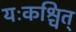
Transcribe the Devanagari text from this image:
यःकश्चित्